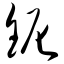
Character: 铌